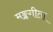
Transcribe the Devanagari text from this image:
मङ्कगीता